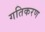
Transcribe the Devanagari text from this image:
गतिकरण